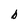
Character: b